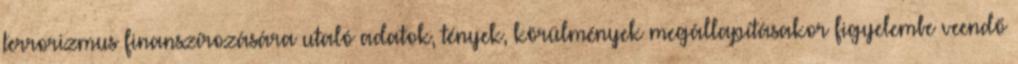
terrorizmus finanszírozására utaló adatok, tények, körülmények megállapításakor figyelembe veendő